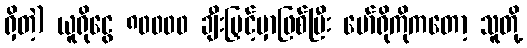
ရှိတဲ့) ယူရိုငွေ ၈၀၀၀၀ ချီးမြှင့်မှာဖြစ်ပြီး မော်ရိုကိုကတော့ သူတို့